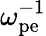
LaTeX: \omega_{\mathrm{pe}}^{-1}